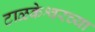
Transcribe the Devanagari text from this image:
टाळकेश्वरच्या